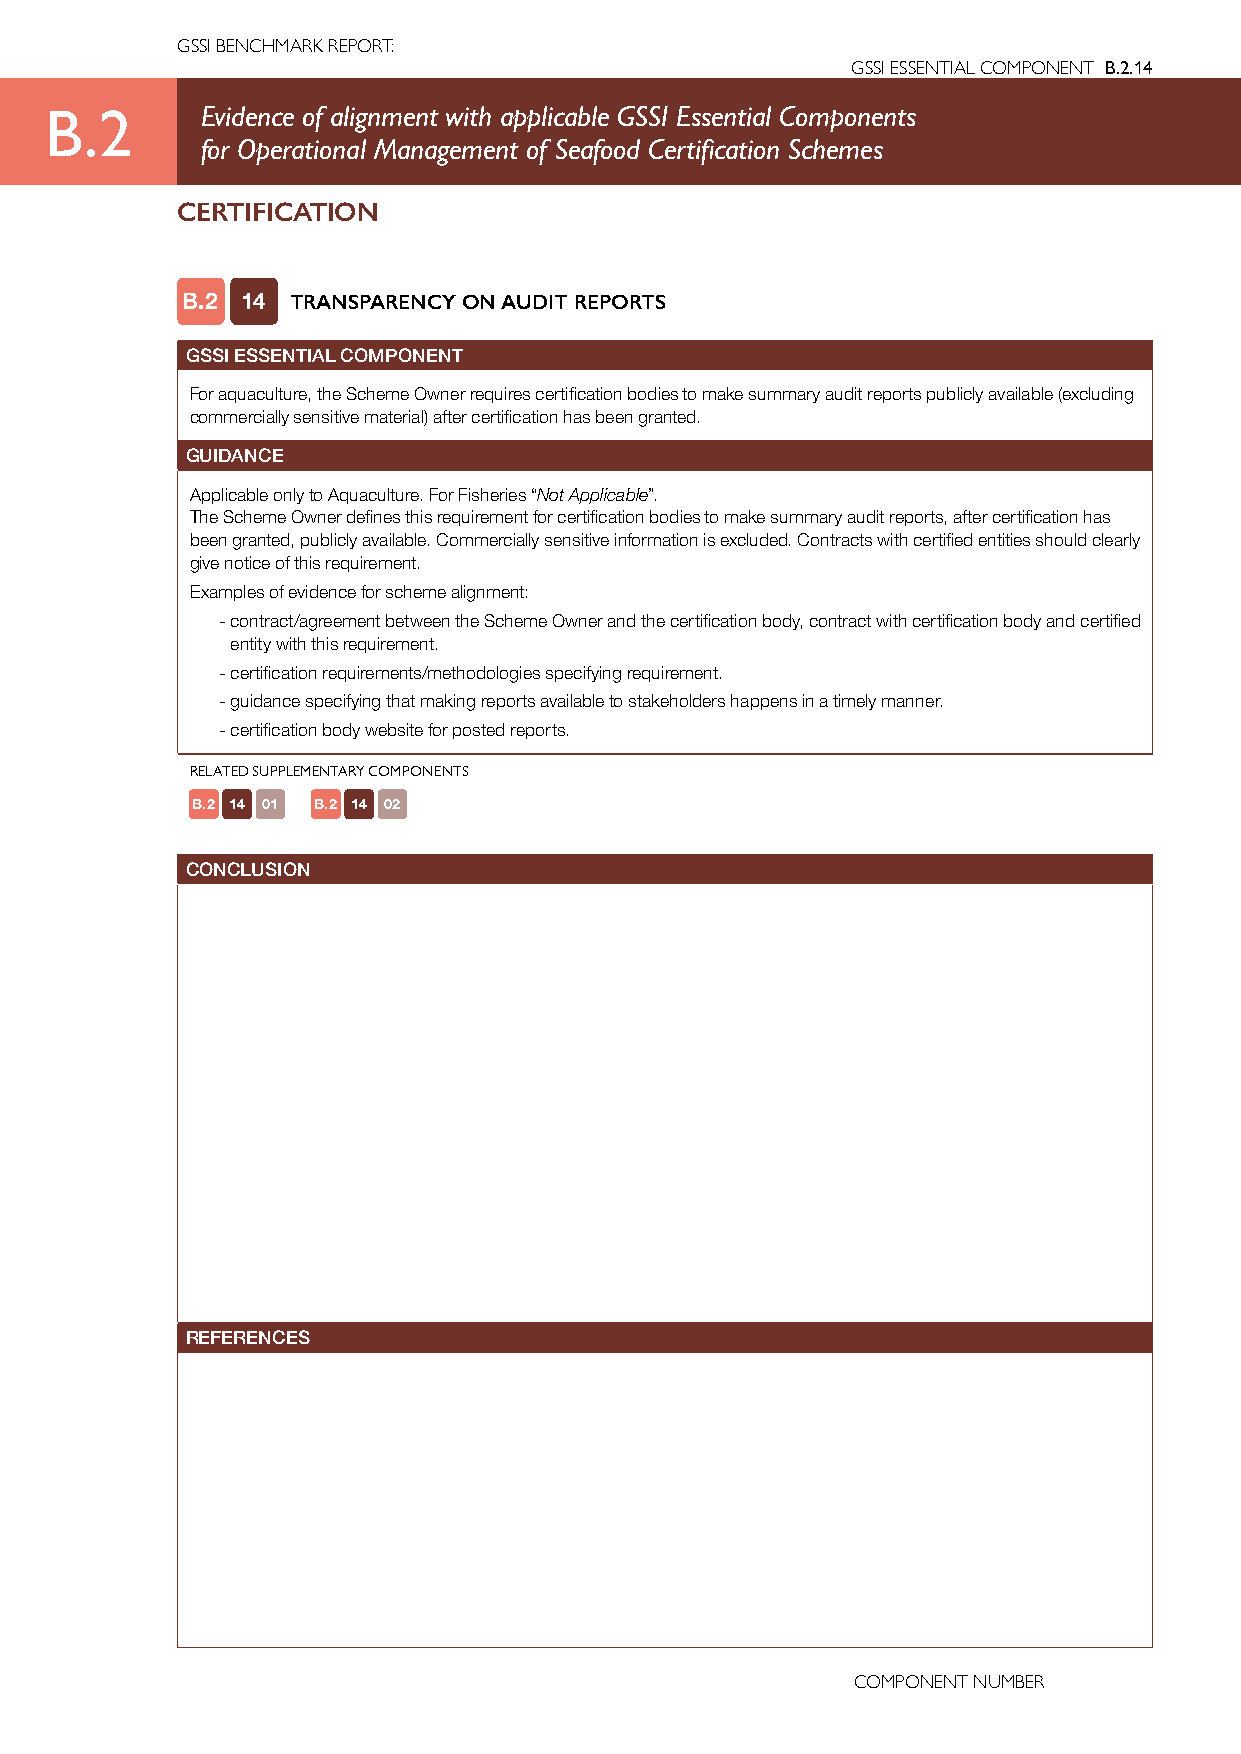
GSSI BENCHMARK REPORT:
 GSSI ESSENTIAL COMPONENT B.2.14
 B.2       Evidence of alignment with applicable GSSI Essential Components
 for Operational Management of Seafood Certification Schemes
 CERTIFICATION
 B.2 14 TRANSPARENCY ON AUDIT REPORTS
 GSSI ESSENTIAL COMPONENT
 For aquaculture, the Scheme Owner requires certification bodies to make summary audit reports publicly available (excluding
 commercially sensitive material) after certification has been granted.
 GUIDANCE
 Applicable only to Aquaculture. For Fisheries “Not Applicable”.
 The Scheme Owner defines this requirement for certification bodies to make summary audit reports, after certification has
 been granted, publicly available. Commercially sensitive information is excluded. Contracts with certified entities should clearly
 give notice of this requirement.
 Examples of evidence for scheme alignment:
 - contract/agreement between the Scheme Owner and the certification body, contract with certification body and certified
 entity with this requirement.
 - certification requirements/methodologies specifying requirement.
 - guidance specifying that making reports available to stakeholders happens in a timely manner.
 - certification body website for posted reports.
 RELATED SUPPLEMENTARY COMPONENTS
 B.2 14 01 B.2 14 02
 CONCLUSION
 REFERENCES
 COMPONENT NUMBER